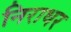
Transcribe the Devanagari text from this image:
निराधर